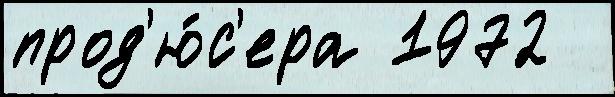
прод'ю́с'ера 1972